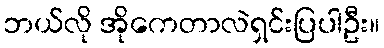
ဘယ်လို အိုကေတာလဲရှင်းပြပါဦး။